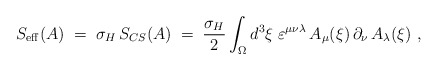
\begin{align*}S_{\rm eff} (A) \;=\; \sigma_H\, S_{CS} (A) \;=\;\frac{\sigma_H}{2} \int_\Omega d^3\xi\;\varepsilon^{\mu\nu\lambda}\, A_\mu (\xi)\,\partial_\nu\,A_\lambda(\xi)~, \end{align*}